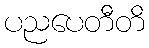
ပညပေတီတိ